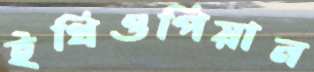
ইথিওপিয়ান